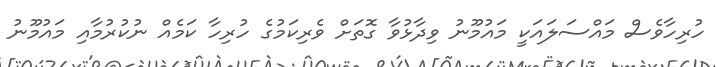
ހުރިހާވެސް މައްސަލައަކީ މައުމޫނު ވިދާޅުވާ ގޮތަށް ވެރިކަމުގެ ހުރިހާ ކަމެއް ނުކުރުމާއި މައުމޫނު